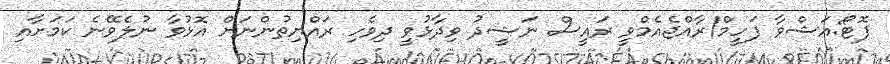
ފޮޓޯ:އަޝްވާ ފަހީމް/ރާއްޖެއެމްވީ ރައީސް ނަޝީދު ވިދާޅުވީ ދިވެހި ރައްޔިތުންނަށް އޮޅުވާ ނުލެވޭނެ ކަމަށާއި